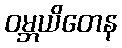
ဝမ္ဘယိတေန